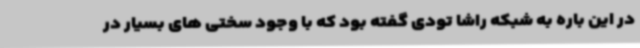
در این باره به شبکه راشا تودی گفته بود که با وجود سختی های بسیار در